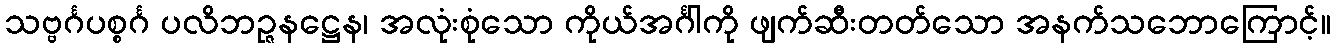
သဗ္ဗင်္ဂပစ္စင်္ဂ ပလိဘဉ္ဇနဋ္ဌေန၊ အလုံးစုံသော ကိုယ်အင်္ဂါကို ဖျက်ဆီးတတ်သော အနက်သဘောကြောင့်။